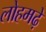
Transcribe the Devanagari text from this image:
लोहमढ़े